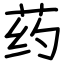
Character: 药